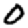
Digit: 0